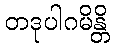
တဒုပါဂမိန္တိ